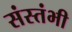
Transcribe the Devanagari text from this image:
संस्तंभी